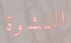
النشوة